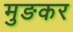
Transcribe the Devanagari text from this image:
मुङकर